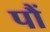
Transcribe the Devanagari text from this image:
पौं